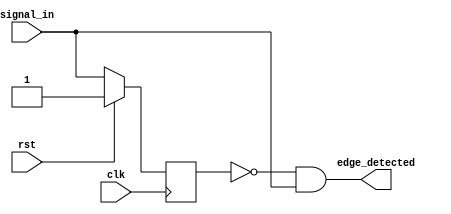
module pos_edge_detector (
   input  wire clk,
   input  wire rst,
   input  wire signal_in,
   output wire edge_detected);

   reg register;

   always @(posedge clk) begin
      if (rst) register <= 1;
      else register <= signal_in;
   end

   assign edge_detected = ~register & signal_in;

endmodule